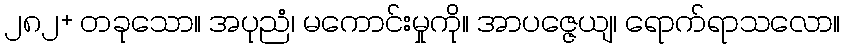
၂၈၂+ တခုသော။ အပုညံ၊ မကောင်းမှုကို။ အာပဇ္ဇေယျ၊ ရောက်ရာသလော။